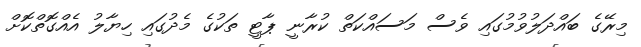
މިރޭގެ ބައްދަލުވުމުގައި ވެސް މަސައްކަތް ކުރާނީ ޕާޓީ ތަކުގެ މެދުގައި ހިޔާލު އެއްގޮތްކޮށް